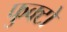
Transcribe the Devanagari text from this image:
फुक्टो